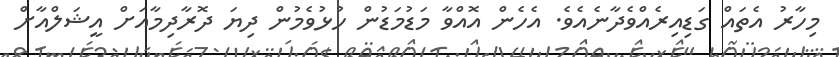
މިހާރު އެތައް ގަޑިއިރެއްވެދާނެއެވެ. އެހެން އޮއްވާ މަޑުމަޑުން ހުޅުވެމުން ދިޔަ ދޮރާދިމާއަށް އީޝަލްއާށް